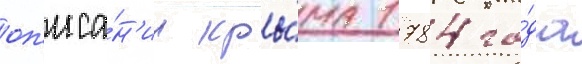
оп'иса́н'ии кры́ма 1784 го́да